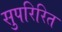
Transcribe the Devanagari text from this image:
सुपरिरित